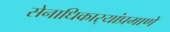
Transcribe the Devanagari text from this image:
सेनाधिकार्‍यांप्रमाणे